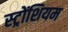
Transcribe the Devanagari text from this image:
स्ट्रोंशियम